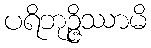
ပရိဘုဉ္ဇိဿာမိ